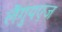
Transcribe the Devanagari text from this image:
लैंगुयएज